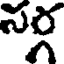
నర్గ